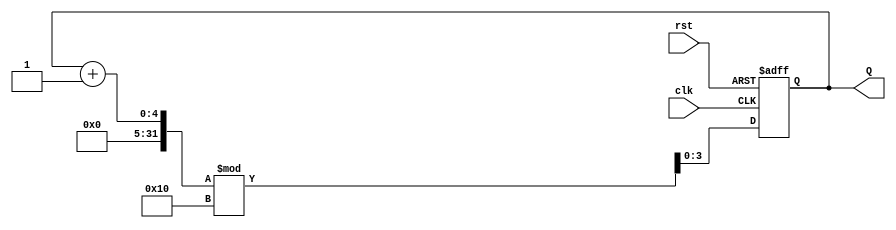
module binary_counter (
    input wire clk,     // Clock signal
    input wire rst,     // Asynchronous reset signal
    output reg [3:0] Q  // 4-bit binary output
);

    // State transition logic
    always @(posedge clk or posedge rst) begin
        if (rst) begin
            // Asynchronous reset to state 0000
            Q <= 4'b0000;
        end else begin
            // Increment the counter, wrapping around at 15 (1111)
            Q <= (Q + 1) % 16;
        end
    end

endmodule